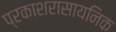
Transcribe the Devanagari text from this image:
प्रकाशरासायनिक